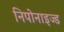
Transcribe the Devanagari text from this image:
निपोनाइज्ड